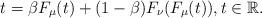
LaTeX: \begin{align*}t=\beta F_{\mu}(t)+(1-\beta)F_{\nu}(F_{\mu}(t)),t\in\mathbb{R}.\end{align*}